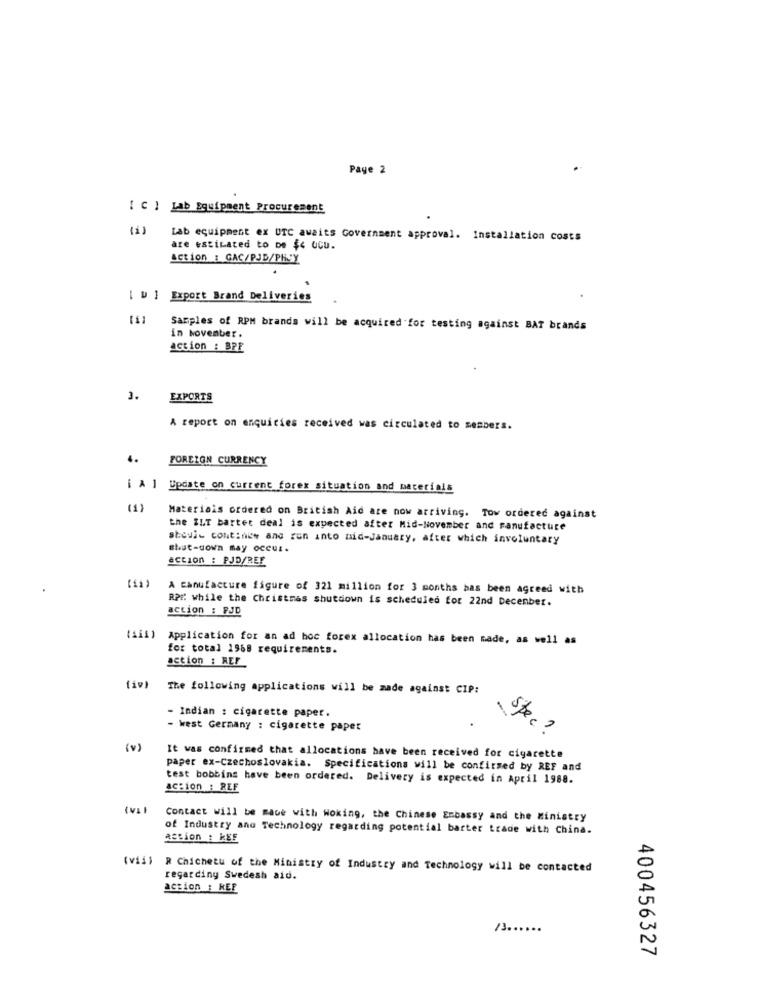
Page 2
[ C ] Lab Equipment Procurement
(1)
Lab equipment ex UTC awaits Government approval. Installation costs
are estimated to De $4 OCU.
Action : GAC/PJD/PHJY
[ w ] Export Srand Deliveries
Samples of RPM brands will be acquired for testing against BAT brands
in November .
action : BPE
3.
EXPORTS
A report on enquiries received was circulated to members.
4.
FOREIGN CURRENCY
[ A ] Update on current forex situation and materials
Materiais ordered on British Aid are now arriving. Tow ordered against
the ILT barter deal is expected after Mid-November and panufacture
steul- continew and run into mid-January, after which involuntary
shut-down may occur.
action : PJD/REF
A Canufacture figure of 321 million for 3 months bas been agreed with
RPE: while the Christmas shutdown is scheduled for 22nd December.
action : PJD
(111)
Application for an ad hoc forex allocation has been made, as well as
for total 1968 requirements.
action : REF
(iv)
The following applications will be made against CIP:
- Indian : cigarette paper.
- West Germany : cigarette paper
spec ?
(v)
It was confirmed that allocations have been received for cigarette
paper ex-Czechoslovakia. Specifications will be confirmed by REF and
test bobbins have been ordered. Delivery is expected in April 1988.
action : REF
Contact will be made with woking, the Chinese Embassy and the Ministry
of Industry and Technology regarding potential barter trade with China.
action : KEE
(vii)
R Chichetu of the Ministry of Industry and Technology will be contacted
regarding Swedesh aid.
action : REF
/3 ......
400456327